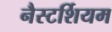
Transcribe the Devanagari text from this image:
नैस्टर्शियम